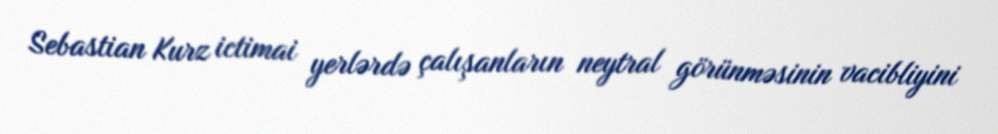
Sebastian Kurz ictimai yerlərdə çalışanların neytral görünməsinin vacibliyini